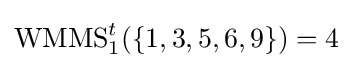
\operatorname {WMMS} _{1}^{t}(\{1,3,5,6,9\})=4